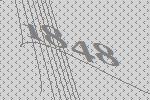
1848